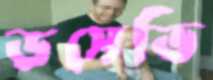
ডসেভি